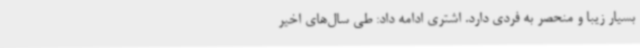
بسیار زیبا و منحصر به‌ فردی دارد. اشتری ادامه داد: طی سال‌های اخیر